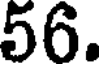
56.